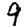
Digit: 9